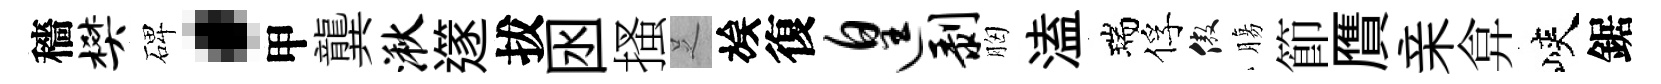
穡樊碑·甲龔湫𨗹拔囦搔𠯁族復遑剥胸溘瑞俘傲膓節贋亲弇峽鋸